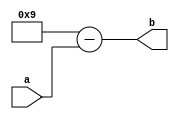
module compliment(a, b);
input [3:0]a;
output [3:0]b;
reg [3:0]c;
always@(*)
begin
c <= 4'b1001 - a;
end
assign b = c; 
endmodule 

module tbq4();
reg[3:0] a_t = 4'b0000;
wire[3:0] b_t = 4'b1001;
compliment av(.a(a_t),.b(b_t));
//$display("time =%g\t ,a_t=%b,b_t=%h", $time,a_t,b_t);
initial 
begin
//a_t = 4'b0000;
#5 a_t = 4'b0001;
#5 a_t = 4'b0010;
#5 a_t = 4'b0011;
#5 a_t = 4'b0100;
#5 a_t = 4'b0101;
#5 a_t = 4'b0110;
#5 a_t = 4'b0111;
#5 a_t = 4'b1000;
#5 a_t = 4'b1001;
//#5 a_t = 4'b0010;
end 
endmodule